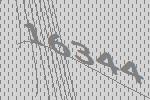
16344